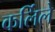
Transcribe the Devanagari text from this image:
कर्लिले